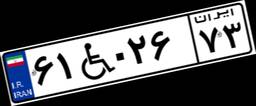
۸۶W۵۴۸۴۹